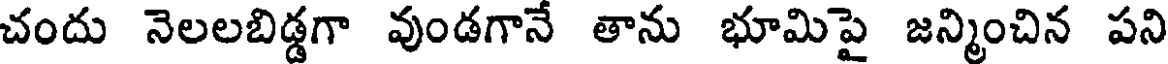
చందు నెలలబిడ్డగా వుండగానే తాను భూమిపై జన్మించిన పని